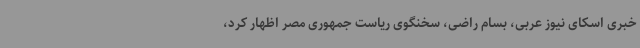
خبری اسکای نیوز عربی، بسام راضی، سخنگوی ریاست جمهوری مصر اظهار کرد،